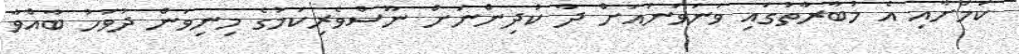
ކަމަށާއި އެ މުބާރާތުގައި ވަނަވަނައަށް ދާ ކުދިންނަށް ނޫސްވެރިކަމުގެ މިނިވަން ދުވަހު ބާއްވާ